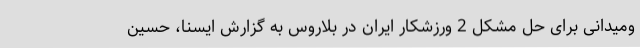
ومیدانی برای حل مشکل 2 ورزشکار ایران در بلاروس به گزارش ایسنا، حسین